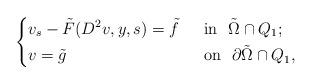
LaTeX: \begin{align*}\left\{\begin{aligned}&v_s-\tilde{F}(D^2v,y,s)=\tilde{f}&& ~~\mbox{in}~~\tilde{\Omega}\cap Q_1;\\&v=\tilde{g}&& ~~\mbox{on}~~\partial \tilde{\Omega}\cap Q_1,\end{aligned}\right.\end{align*}